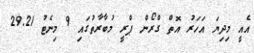
އެއީ މިދިޔަ އަހަރު އޮތް ގްރޯން ޕްރީ މުބާރާތުގައި 9 މިނެޓު 29.21